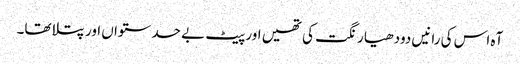
آہ اس کی رانیں دودھیا رنگت کی تھیں اور پیٹ بے حد ستواں اور پتلا تھا۔